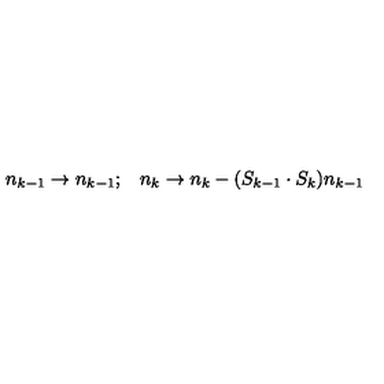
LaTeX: \begin{array} { c c } { n _ { k - 1 } \rightarrow n _ { k - 1 } ; } & { n _ { k } \rightarrow n _ { k } - ( S _ { k - 1 } \cdot S _ { k } ) n _ { k - 1 } } \\ \end{array}